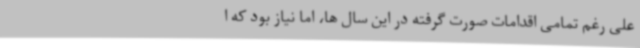
علی رغم تمامی اقدامات صورت گرفته در این سال ها، اما نیاز بود که ا